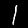
Digit: 1